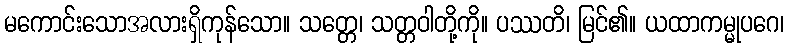
မကောင်းသောအလားရှိကုန်သော။ သတ္တေ၊ သတ္တဝါတို့ကို။ ပဿတိ၊ မြင်၏။ ယထာကမ္မုပဂေ၊